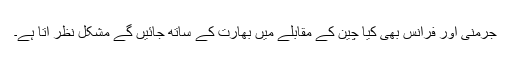
جرمنی اور فرانس بھی کیا چین کے مقابلے میں بھارت کے ساتھ جائیں گے مشکل نظر آتا ہے۔